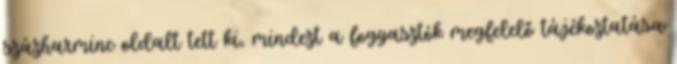
százharminc oldalt tett ki, mindezt a fogyasztók megfelelő tájékoztatása